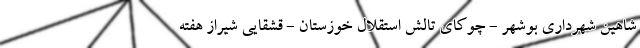
شاهین شهرداری بوشهر - چوکای تالش استقلال خوزستان - قشقایی شیراز هفته